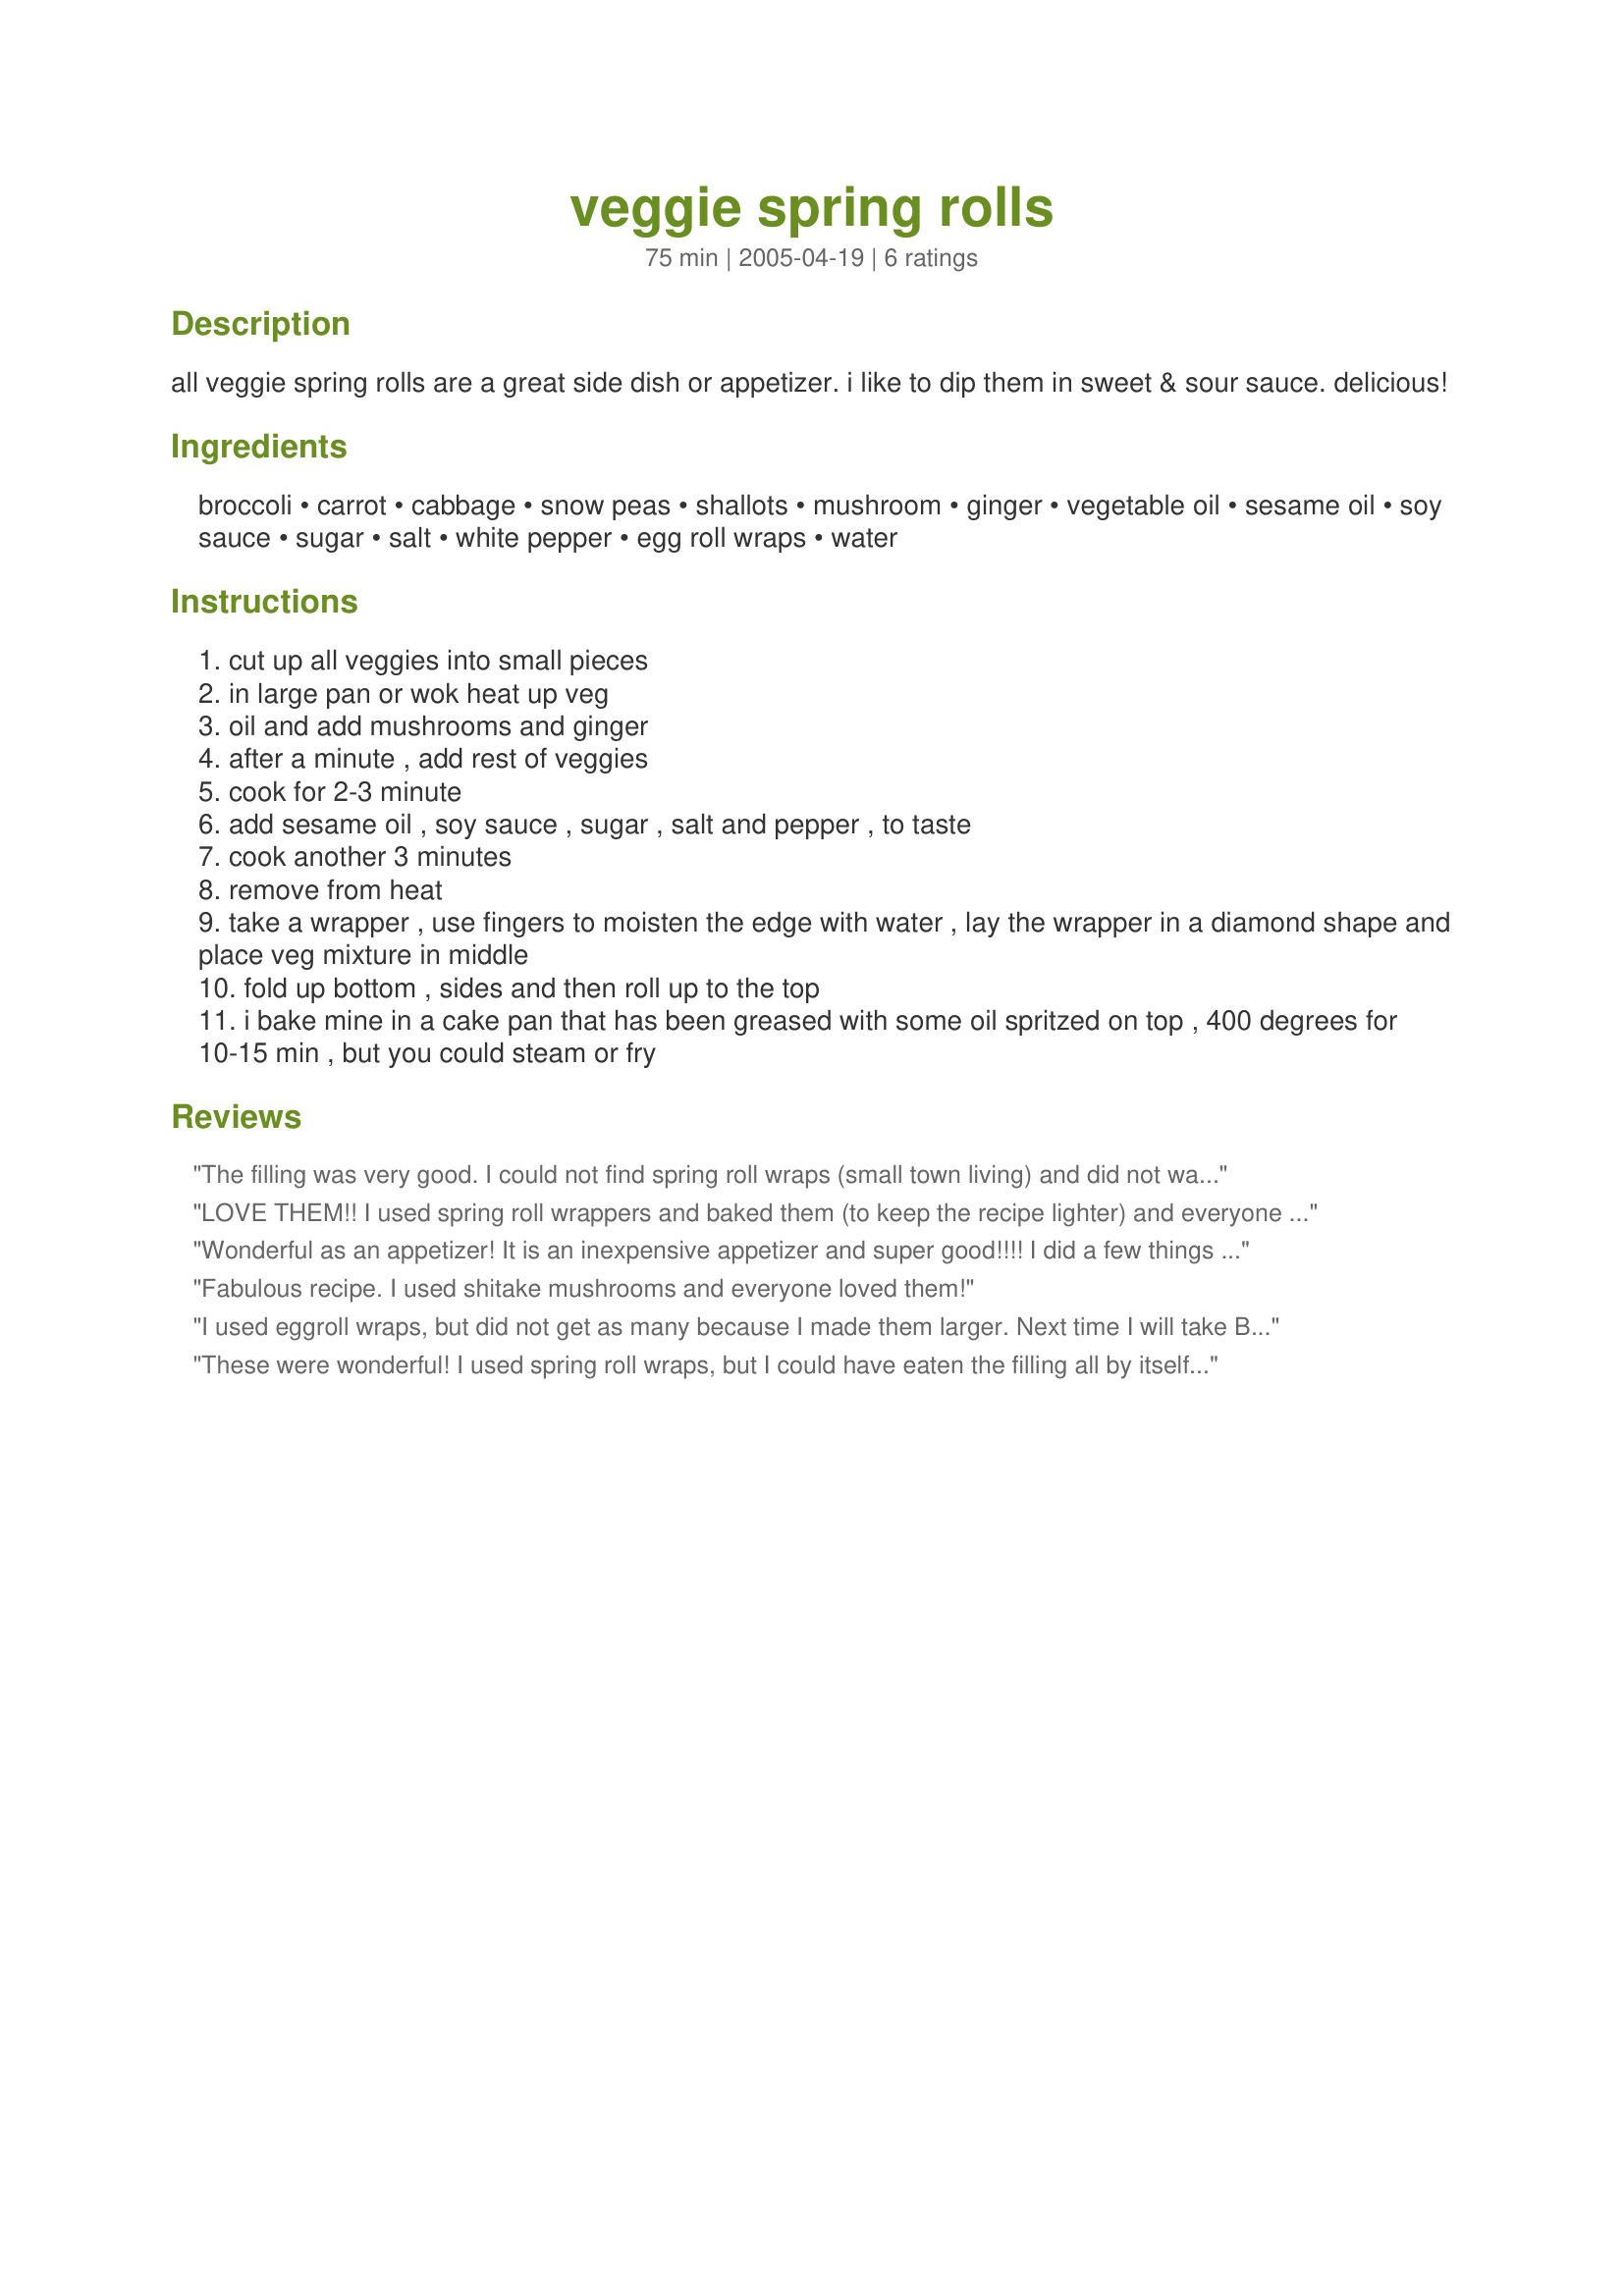
veggie spring rolls
Preparation time: 75 minutes

all veggie spring rolls are a great side dish or appetizer. i like to dip them in sweet & sour sauce.
delicious!

Ingredients:
broccoli, carrot, cabbage, snow peas, shallots, mushroom, ginger, vegetable oil, sesame oil, soy sauce, sugar, salt, white pepper, egg roll wraps, water

Steps:
cut up all veggies into small pieces
in large pan or wok heat up veg
oil and add mushrooms and ginger
after a minute , add rest of veggies
cook for 2-3 minute
add sesame oil , soy sauce , sugar , salt and pepper , to taste
cook another 3 minutes
remove from heat
take a wrapper , use fingers to moisten the edge with water , lay the wrapper in a diamond shape and place veg mixture in middle
fold up bottom , sides and then roll up to the top
i bake mine in a cake pan that has been greased with some oil spritzed on top , 400 degrees for 10-15 min , but you could steam or fry

Reviews:
The filling was very good. I could not find spring roll wraps (small town living) and did not want egg roll wraps (I'm a vegan) so I tried to be creative and rolled these in Nori. Interesting. Still very flavorful especially with the plum sauce, but I can't wait until I can make these again with spring roll wraps! Thanks for a great recipe!<br/>Update: I found the spring roll wrappers and the spring rolls were exceptional! I made 15 fairly large ones. Eat some now - freeze some for later.
LOVE THEM!! I used spring roll wrappers and baked them (to keep the recipe lighter) and everyone said I should make these again. I served them with plum sauce for dipping and chinese fried rice.
 Wonderful as an appetizer! It is an inexpensive appetizer and super good!!!! I did a few things differently and used one different ingredient. Instead of Egg Roll Wraps I used Spring Roll Wraps - they are much lighter in texture and work really well when baked. They come out crisp & light.. I made 24 small finger rolls and then decided that was a lot of work so I used my tiny tartlet tins to do the other 2 dozen - I placed the folded side down in the tin and flipped them over to brown well half way through the baking - oven time apprx 15 minutes-all in all I got 48 appetizers and some filling left over ( this I will use in Fried rice for tomorrow nights dinner). I served the appetizers with a sweet hot chili sauce on the side. I am freezing 3 dozen and will post on the results when I use them. mommy2taylor this is going into my appetizer cook book to keep Thanks for posting
Fabulous recipe. I used shitake mushrooms and everyone loved them!
I used eggroll wraps, but did not get as many because I made them larger. Next time I will take Bergy's advice and use springroll wraps so they get a little crunchier when they bake.The filling was awesome. I did not have regular cabbage so I used bok choy. It worked out great (beautiful dark green color). We dipped them in S&S sauce and thai chili sauce. Very good and not greasy like the fried eggrolls.
These were wonderful! I used spring roll wraps, but I could have eaten the filling all by itself!! Thanx for posting! I will definitely make these over and over.
